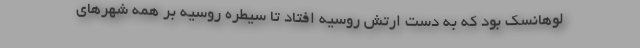
لوهانسک بود که به دست ارتش روسیه افتاد تا سیطره روسیه بر همه شهرهای